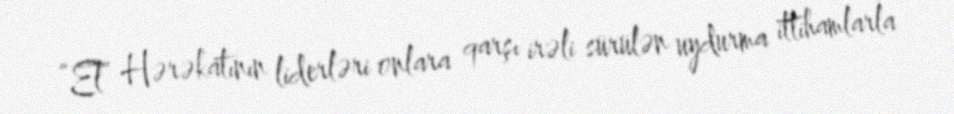
“El” Hərəkatının liderləri onlara qarşı irəli sürülən uydurma ittihamlarla